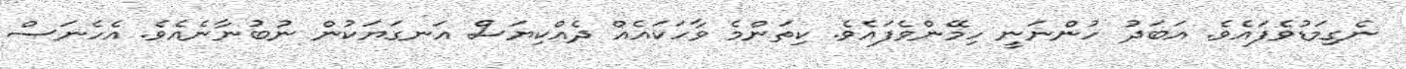
ނެގިމަޑުވެފައެވެ. އަބަދު ހުންނަނީ ހިމޭންވެފައެވެ. ކިތަންމެ ވާހަކައެއް ދެއްކިޔަސް އަނގަޔަކުން ނުބުނާނެއެވެ. އެހެނަސް